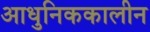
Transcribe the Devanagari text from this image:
आधुनिककालीन